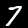
Digit: 7